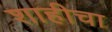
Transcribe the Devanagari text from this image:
शाहीचा